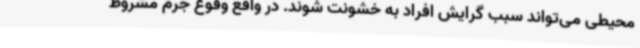
محیطی می‌تواند سبب گرایش افراد به خشونت شوند. در واقع وقوع جرم مشروط